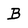
Character: B